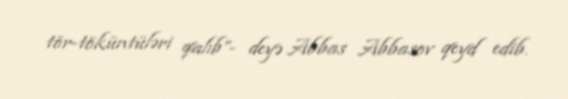
tör-töküntüləri qalıb”- deyə Abbas Abbasov qeyd edib.